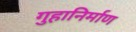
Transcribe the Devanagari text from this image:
गुहानिर्माण